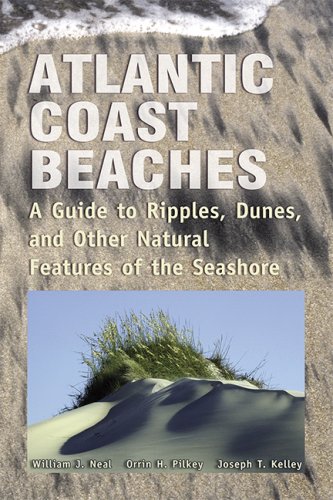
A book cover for Atlantic Coast Beaches: A Guide to Ripples, Dunes, and Other Natural Features of the Seashore; William Neal; Travel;